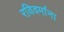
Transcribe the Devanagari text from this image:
रविवर्माना